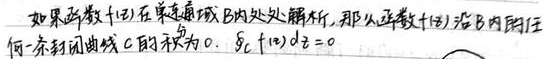
如果函数 \(f(z)\) 在单连通域 \(B\) 内处处解析，那么函数 \(f(z)\) 沿 \(B\) 内的任何一条封闭曲线 \(C\) 的积分为 \(0\)，\(\oint_{C}f(z)dz = 0\)。